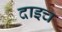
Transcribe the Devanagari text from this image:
दाइच